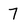
Character: 7